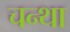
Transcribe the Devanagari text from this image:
चन्था